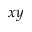
x y